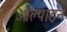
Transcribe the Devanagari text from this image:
ऑल्पाइन